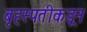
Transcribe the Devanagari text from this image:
बृहस्पतीकडून